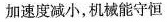
加速度减小，机械能守恒